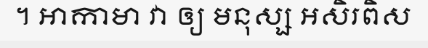
។ អាកាមា វា ឲ្យ មនុស្ស អសិរពិស